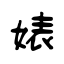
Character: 婊